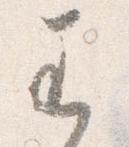
わ